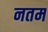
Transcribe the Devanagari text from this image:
नतम